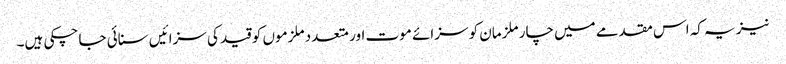
نیز یہ کہ اس مقدمے میں چار ملزمان کو سزائے موت اور متعدد ملزموں کو قید کی سزائیں سنائی جا چکی ہیں۔